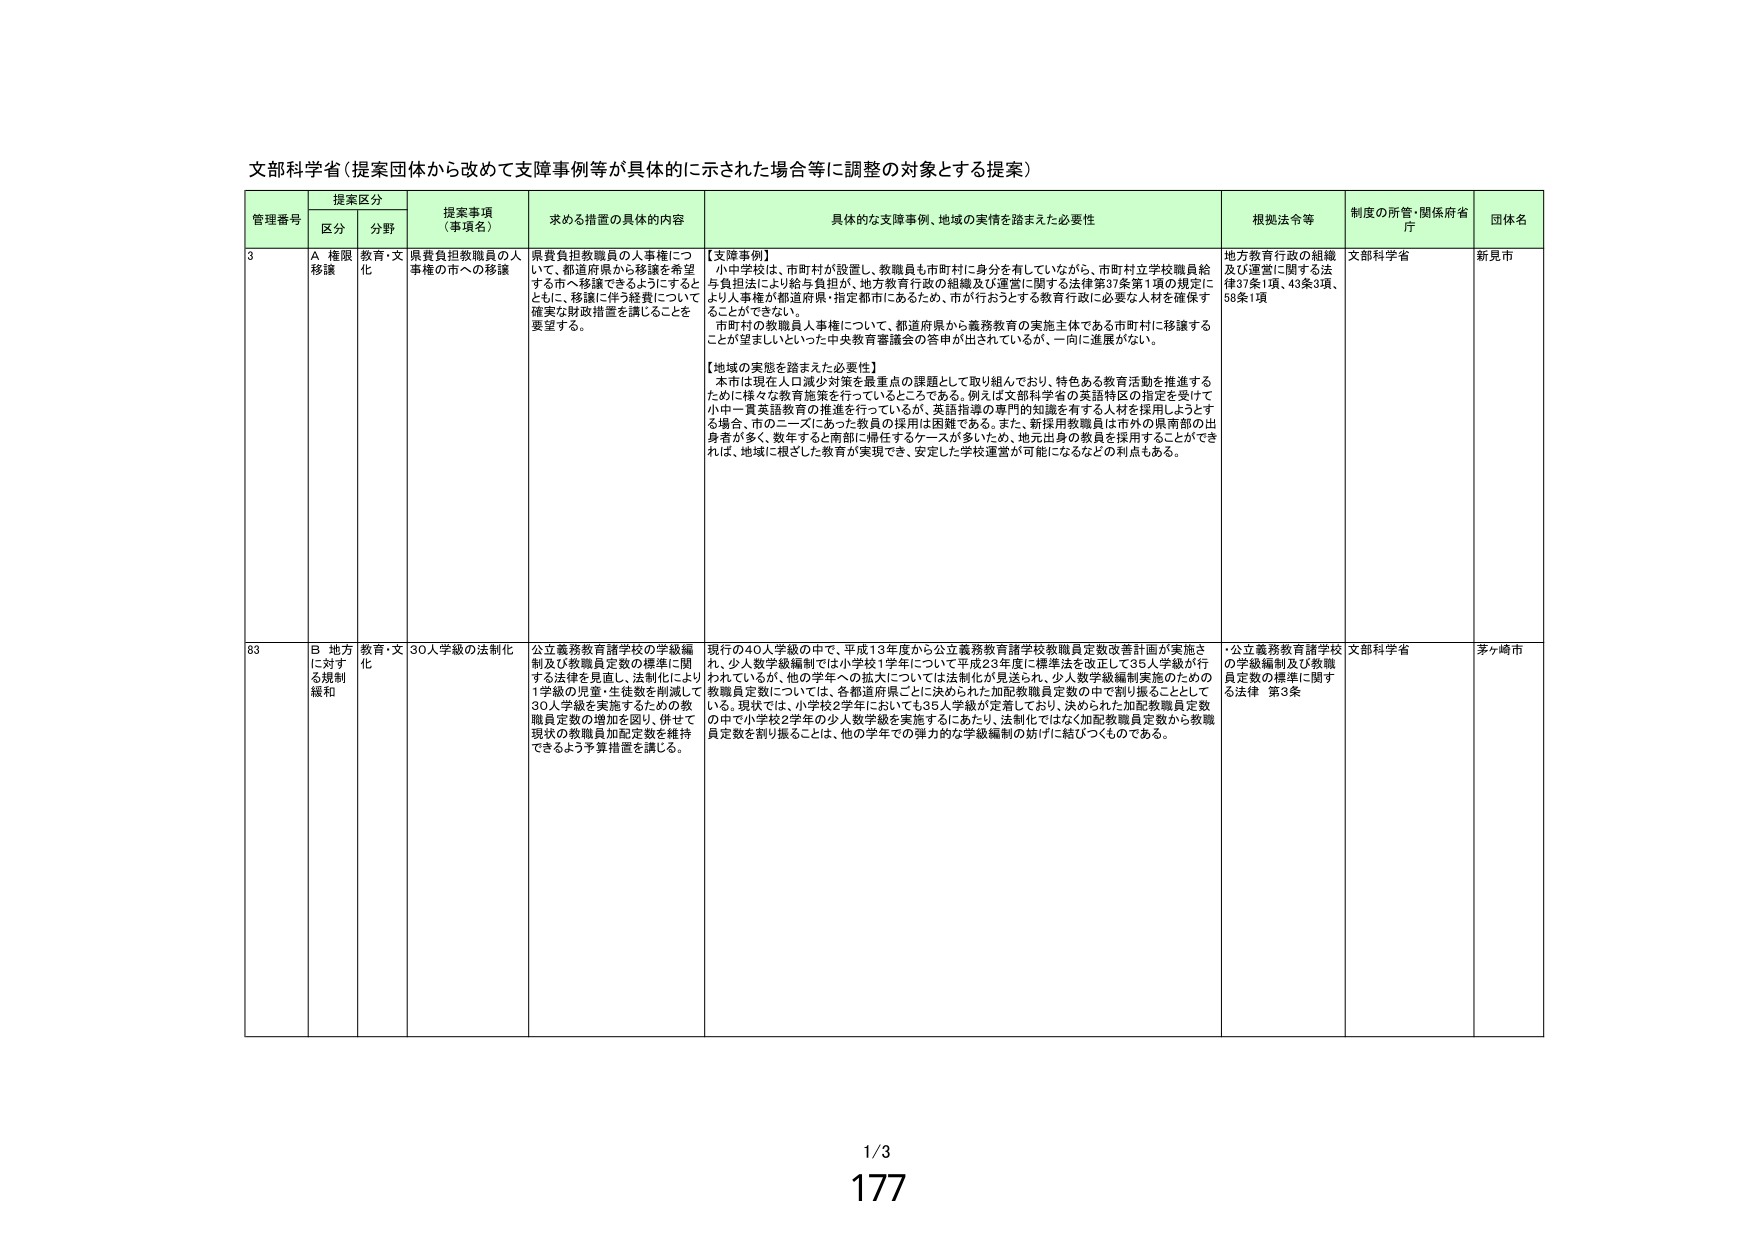
文部科学省（提案団体から改めて支援事例等が具体的に示された場合等に調整の対象とする提案）

管理番号 提案区分 提案事項（事項名） 求める措置の具体的内容 具体的な支援事例、地域の実情を踏まえた必要性 根拠法令等 制度の所管・関係府省庁 団体名
区分 分野

3 A 権限移譲 教育・文化 県費負担教職員の人事権の市への移譲 県費負担教職員の人事権について、都道府県から移譲を希望する市へ移譲できるようにするとともに、移譲に伴う経費について確実な財政措置を講じることを要望する。 【支援事例】
小中学校は、市町村が設置し、教職員も市町村に身分を有していないながら、市町村立学校職員給与負担法により給与負担が、地方教育行政の組織及び運営に関する法律第37条第1項の規定により人事権が都道府県・指定都市にあるため、市が行おうとする教育行政に必要な人材を確保することができない。
市町村の教職員人事権について、都道府県から義務教育の実施主体である市町村に移譲することが望ましいといった中央教育審議会の答申が出されているが、一向に進展がない。
【地域の実態を踏まえた必要性】
本市は現在人口減少対策を最重点の課題として取り組んでおり、特色ある教育活動を推進するために様々な教育施策を行っているところである。例えば文部科学省の英語特区の指定を受けて小中一貫英語教育の推進を行っているが、英語指導の専門的知識を有する人材を採用しようとする場合、市のニーズにあった教員の採用は困難である。また、新採用教職員は市外の県南部の出身者が多く、数年すると南部に帰任するケースが多いため、地元出身の教員を採用することができれば、地域に根ざした教育が実現でき、安定した学校運営が可能になるなどの利点もある。 地方教育行政の組織及び運営に関する法律37条1項、43条3項、58条1項 文部科学省 新見市

83 B 地方に対する規制緩和 教育・文化 30人学級の法制化 公立義務教育諸学校の学級編制及び教職員定数の標準に関する法律を見直し、法制化により1学級の児童・生徒数を削減して30人学級を実施するための教職員定数の増加を図り、併せて現状の教職員加配定数を維持できるよう予算措置を講じる。 現行の40人学級の中で、平成13年度から公立義務教育諸学校教職員定数改善計画が実施され、少人数学級編制では小学校1学年について平成23年度に標準法を改正して35人学級が行われているが、他の学年への拡大については法制化が見送られ、少人数学級編制実施のための教職員定数については、各都道府県ごとに決められた加配教職員定数の中で割り振ることとしている。現状では、小学校2学年においても35人学級が定着しており、決められた加配教職員定数の中で小学校2学年の少人数学級を実施するにあたり、法制化ではなく加配教職員定数から教職員定数を割り振ることは、他の学年での弾力的な学級編制の妨げに結びつくものである。 ・公立義務教育諸学校の学級編制及び教職員定数の標準に関する法律 第3条 文部科学省 茅ヶ崎市

1/3
177